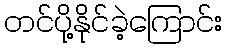
တင်ပို့နိုင်ခဲ့ကြောင်း